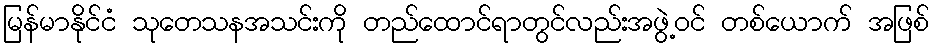
မြန်မာနိုင်ငံ သုတေသနအသင်းကို တည်ထောင်ရာတွင်လည်းအဖွဲ့ဝင် တစ်ယောက် အဖြစ်